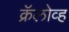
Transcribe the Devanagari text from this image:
क्रॅलोव्ह